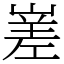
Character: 嵳